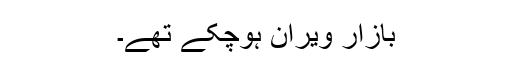
بازار ویران ہوچکے تھے۔